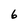
Character: 6